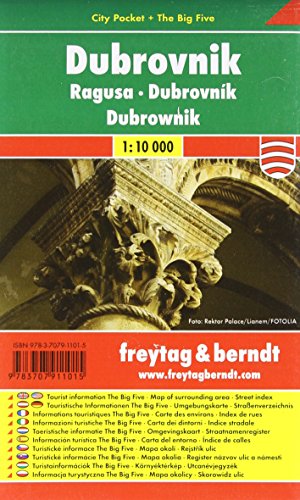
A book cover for Dubrovnik City Pocket Map 1:10K (Croatia) (English, French and German Edition); Freytag Berndt; Travel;